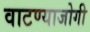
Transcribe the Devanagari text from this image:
वाटण्याजोगी